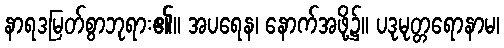
နာရဒမြတ်စွာဘုရား၏။ အပရေန၊ နောက်အဖို့၌။ ပဒုမုတ္တရောနာမ၊